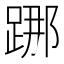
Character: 𨁌